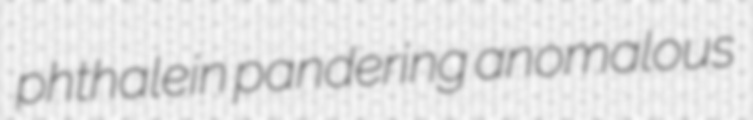
phthalein pandering anomalous